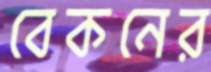
বেকনের